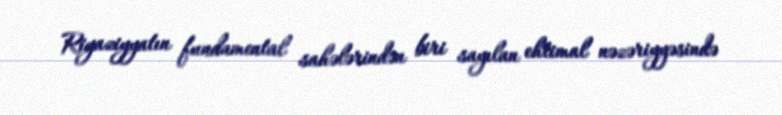
Riyaziyyatın fundamental sahələrindən biri sayılan ehtimal nəzəriyyəsində